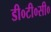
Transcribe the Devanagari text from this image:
डी०टी०सी०